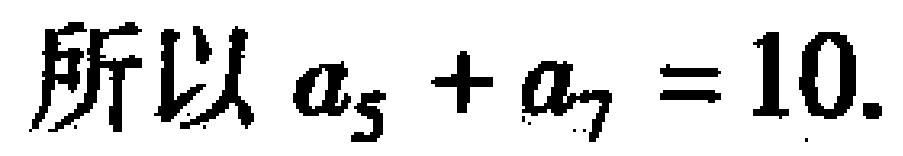
所以 \(a_{5}+a_{7}=10\).